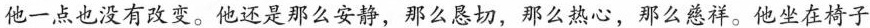
他一点也没有改变。他还是那么安静，那么恳切，那么热心，那么慈祥。他坐在椅子